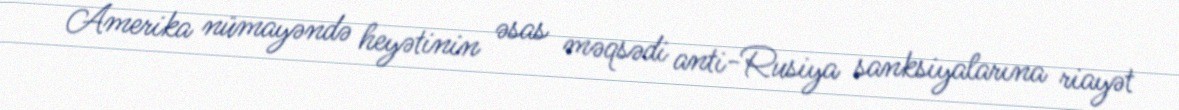
Amerika nümayəndə heyətinin əsas məqsədi anti-Rusiya sanksiyalarına riayət